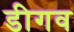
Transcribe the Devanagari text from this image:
डीगव